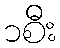
၁စီး